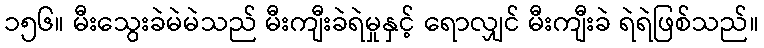
၁၅၆။ မီးသွေးခဲမဲမဲသည် မီးကျီးခဲရဲမှုနှင့် ရောလျှင် မီးကျီးခဲ ရဲရဲဖြစ်သည်။